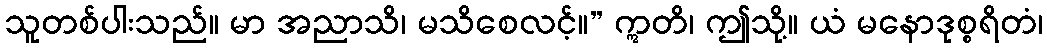
သူတစ်ပါးသည်။ မာ အညာသိ၊ မသိစေလင့်။” ဣတိ၊ ဤသို့။ ယံ မနောဒုစ္စရိတံ၊